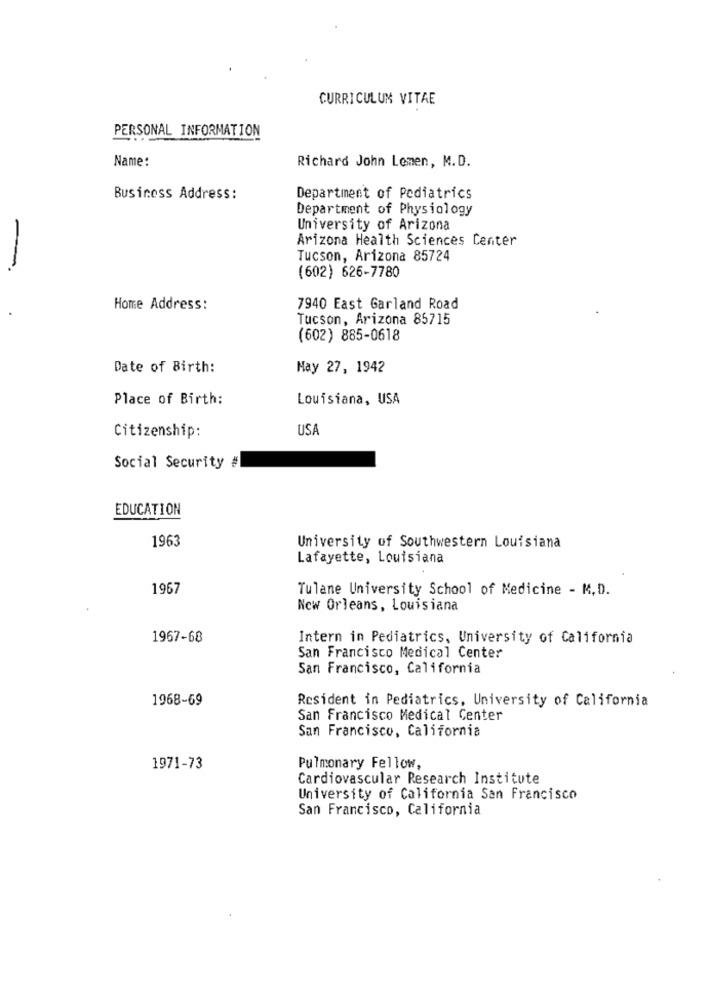
CURRICULUM VITAE
PERSONAL INFORMATION
Name:
Richard John Lemen, M.D.
Business Address :
Department of Pediatrics
Department of Physiology
University of Arizona
Arizona Health Sciences Center
Tucson, Arizona 85724
-
(602) 626-7780
Home Address:
7940 East Garland Road
Tucson, Arizona 85715
(602) 885-0618
Date of Birth:
May 27, 1942
Place of Birth:
Louisiana, USA
USA
Citizenship:
Social Security #
EDUCATION
1963
University of Southwestern Louisiana
Lafayette, Louisiana
1967
Tulane University School of Medicine - M.D.
New Orleans, Louisiana
1967-68
Intern in Pediatrics, University of California
San Francisco Medical Center
San Francisco, California
1968-69
Resident in Pediatrics, University of California
San Francisco Medical Center
San Francisco, California
1971-73
Pulmonary Fellow,
Cardiovascular Research Institute
University of California San Francisco
San Francisco, California